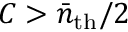
C > \bar { n } _ { \mathrm { t h } } / 2